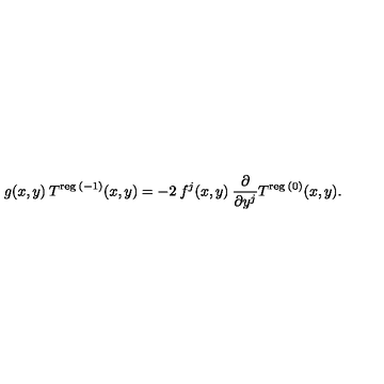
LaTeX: g ( x , y ) \: T ^ { \mathrm { \scriptsize { r e g } } \: ( - 1 ) } ( x , y ) = - 2 \: f ^ { j } ( x , y ) \: \frac { \partial } { \partial y ^ { j } } T ^ { \mathrm { \scriptsize { r e g } } \: ( 0 ) } ( x , y ) .